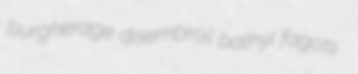
burgherage disembroil bathyl fagots